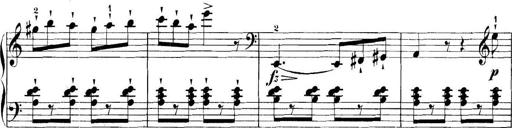
Title: 11 Sonatinas
Composer: Anton Diabelli